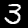
Label: 3